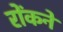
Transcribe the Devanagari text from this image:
रोंकने